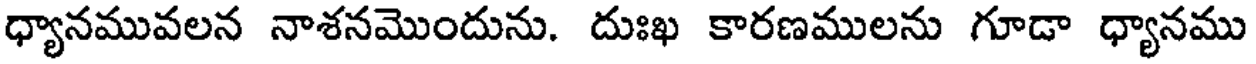
ధ్యానమువలన నాశనమొందును. దుఃఖ కారణములను గూడా ధ్యానము